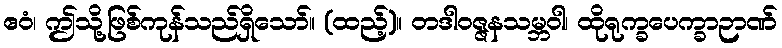
ဧဝံ၊ ဤသို့ဖြစ်ကုန်သည်ရှိသော်။ (ထည့်)။ တဒါဝဇ္ဇနသမ္ဘဝါ၊ ထိုရုက္ခပေက္ခာဉာဏ်